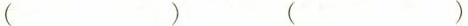
()()